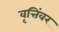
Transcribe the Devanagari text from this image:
वृत्तिंवर